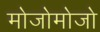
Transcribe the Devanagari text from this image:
मोजोमोजो